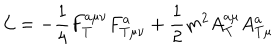
{ \cal L } = - \frac 1 4 F _ { T } ^ { a \mu \nu } F _ { T \mu \nu } ^ { a } + \frac 1 2 m ^ { 2 } A _ { T } ^ { a \mu } A _ { T \mu } ^ { a }